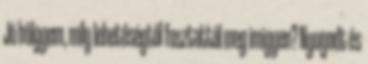
Jó hölgyem, mily lehetőségtől fosztattál meg imigyen? Nyugodt és